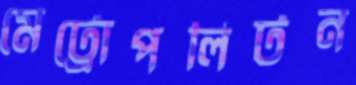
মেট্রোপলিটন